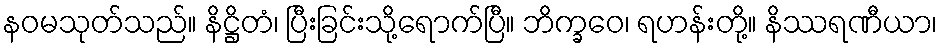
နဝမသုတ်သည်။ နိဋ္ဌိတံ၊ ပြီးခြင်းသို့ရောက်ပြီ။ ဘိက္ခဝေ၊ ရဟန်းတို့။ နိဿရဏီယာ၊